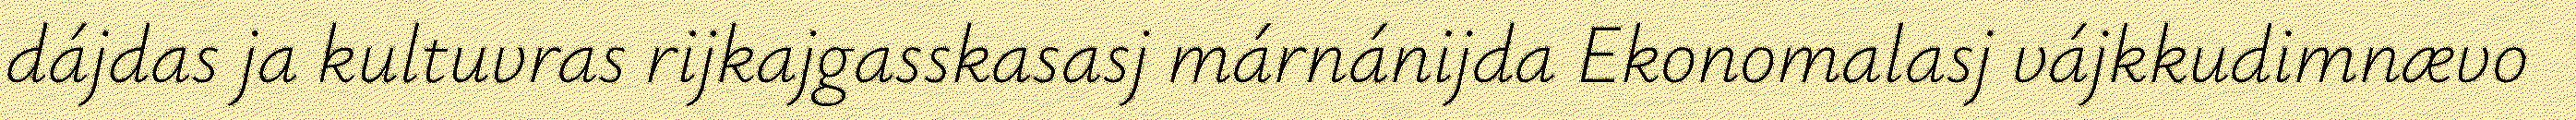
dájdas ja kultuvras rijkajgasskasasj márnánijda Ekonomalasj vájkkudimnævo